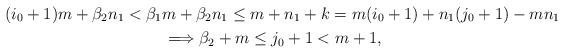
LaTeX: \begin{gather*}(i_0+1) m+\beta_2 n_1<\beta_1 m+\beta_2 n_1\leq m+n_1+k=m (i_0+1)+ n_1 (j_0+1)- m n_1\\\Longrightarrow\beta_2+m\leq j_0+1<m+1,\end{gather*}